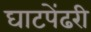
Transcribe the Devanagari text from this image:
घाटपेंढरी